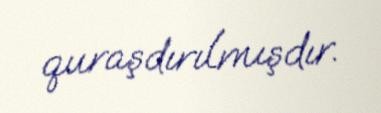
quraşdırılmışdır.